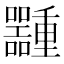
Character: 𱕶